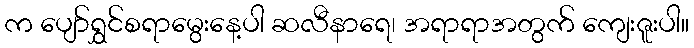
က ပျော်ရွှင်စရာမွေးနေ့ပါ ဆလီနာရေ၊ အရာရာအတွက် ကျေးဇူးပါ။